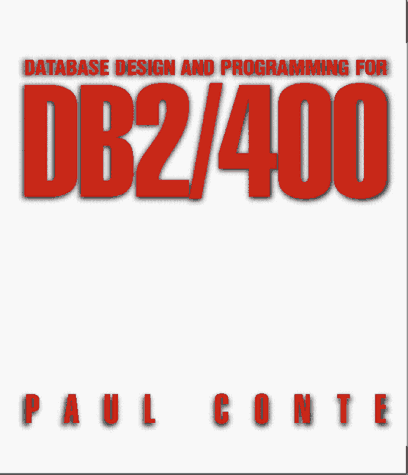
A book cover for Database Design and Programming for DB2/400; Paul Conte; Computers & Technology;